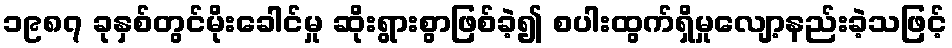
၁၉၈၇ ခုနှစ်တွင်မိုးခေါင်မှု ဆိုးရွားစွာဖြစ်ခဲ့၍ စပါးထွက်ရှိမှုလျော့နည်းခဲ့သဖြင့်